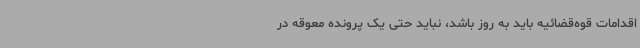
اقدامات قوه‌قضائیه باید به روز باشد، نباید حتی یک پرونده معوقه در